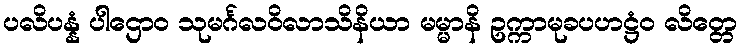
ပလိပန္နံ ပါဌောဝ သုမင်္ဂလဝိလာသိနိယာ မမ္မာနိ ဥက္ကာမုခပဟဋ္ဌံဝ လိတ္တေ